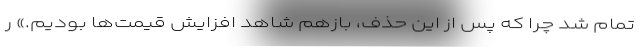
تمام شد چرا که پس از این حذف، بازهم شاهد افزایش قیمت‌ها بودیم.» ر